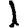
Digit: 1